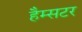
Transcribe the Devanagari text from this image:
हैम्सटर